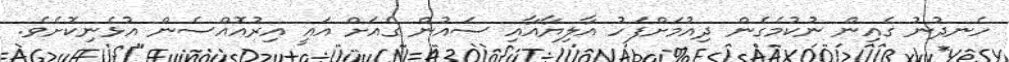
ހެނދުނު ގެއިން ނުކުމެގެން ދިއުމަށްފަހު އާލިޔާއާއި ސައުން ގެއަށް އައީ އިރުއޮއްސެން އުޅެނިކޮށެވެ.